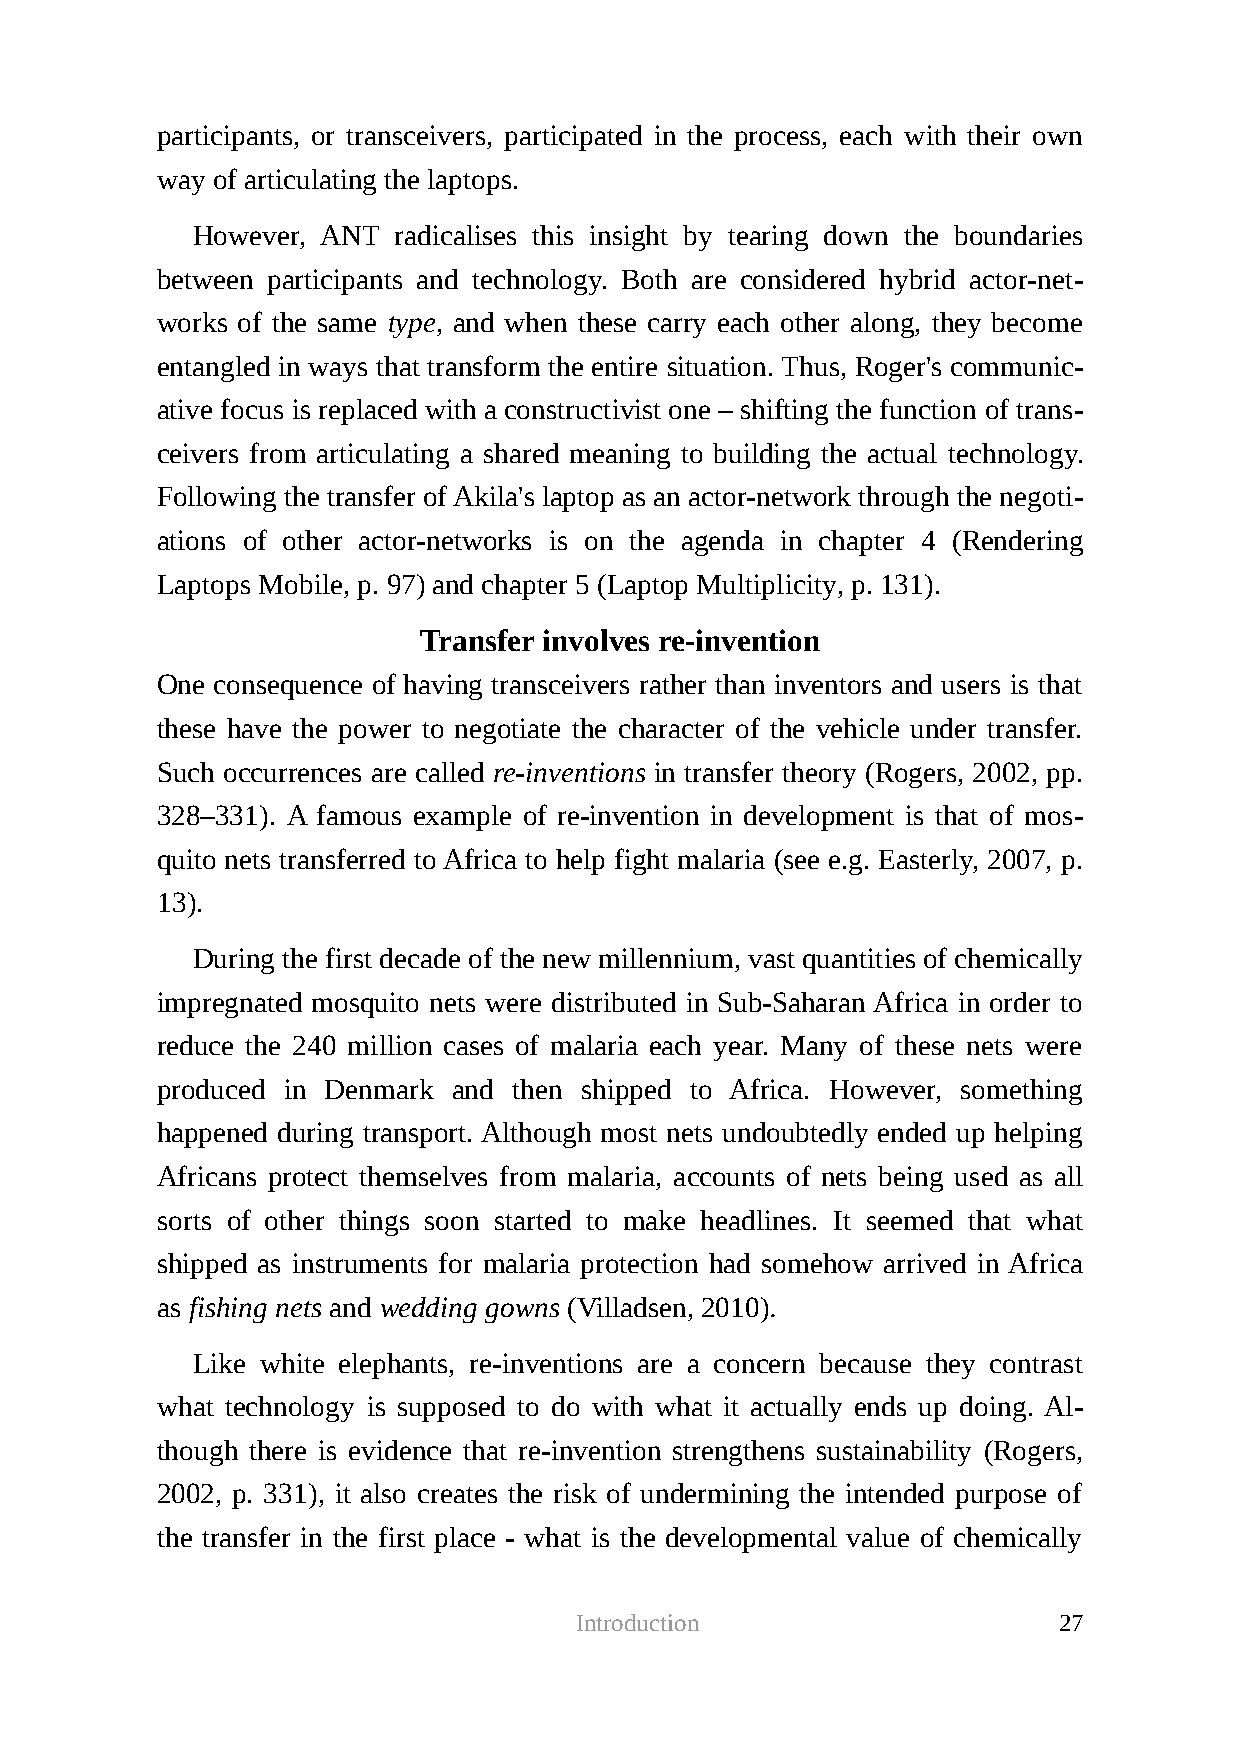
participants, or transceivers, participated in the process, each with their own
 way of articulating the laptops.
 However, ANT radicalises this insight by tearing down the boundaries
 between participants and technology. Both are considered hybrid actor-net-
 works of the same type, and when these carry each other along, they become
 entangled in ways that transform the entire situation. Thus, Roger's communic-
 ative focus is replaced with a constructivist one – shifting the function of trans-
 ceivers from articulating a shared meaning to building the actual technology.
 Following the transfer of Akila's laptop as an actor-network through the negoti-
 ations of other actor-networks is on the agenda in chapter 4 (Rendering
 Laptops Mobile, p. 97) and chapter 5 (Laptop Multiplicity, p. 131).
 Transfer involves re-invention
 One consequence of having transceivers rather than inventors and users is that
 these have the power to negotiate the character of the vehicle under transfer.
 Such occurrences are called re-inventions in transfer theory (Rogers, 2002, pp.
 328–331). A famous example of re-invention in development is that of mos-
 quito nets transferred to Africa to help fight malaria (see e.g. Easterly, 2007, p.
 13).
 During the first decade of the new millennium, vast quantities of chemically
 impregnated mosquito nets were distributed in Sub-Saharan Africa in order to
 reduce the 240 million cases of malaria each year. Many of these nets were
 produced in Denmark and then shipped to Africa. However, something
 happened during transport. Although most nets undoubtedly ended up helping
 Africans protect themselves from malaria, accounts of nets being used as all
 sorts of other things soon started to make headlines. It seemed that what
 shipped as instruments for malaria protection had somehow arrived in Africa
 as fishing nets and wedding gowns (Villadsen, 2010).
 Like white elephants, re-inventions are a concern because they contrast
 what technology is supposed to do with what it actually ends up doing. Al-
 though there is evidence that re-invention strengthens sustainability (Rogers,
 2002, p. 331), it also creates the risk of undermining the intended purpose of
 the transfer in the first place - what is the developmental value of chemically
 Introduction                    27